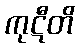
ကုဋီတိ